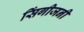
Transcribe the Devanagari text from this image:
सिंगीजनी